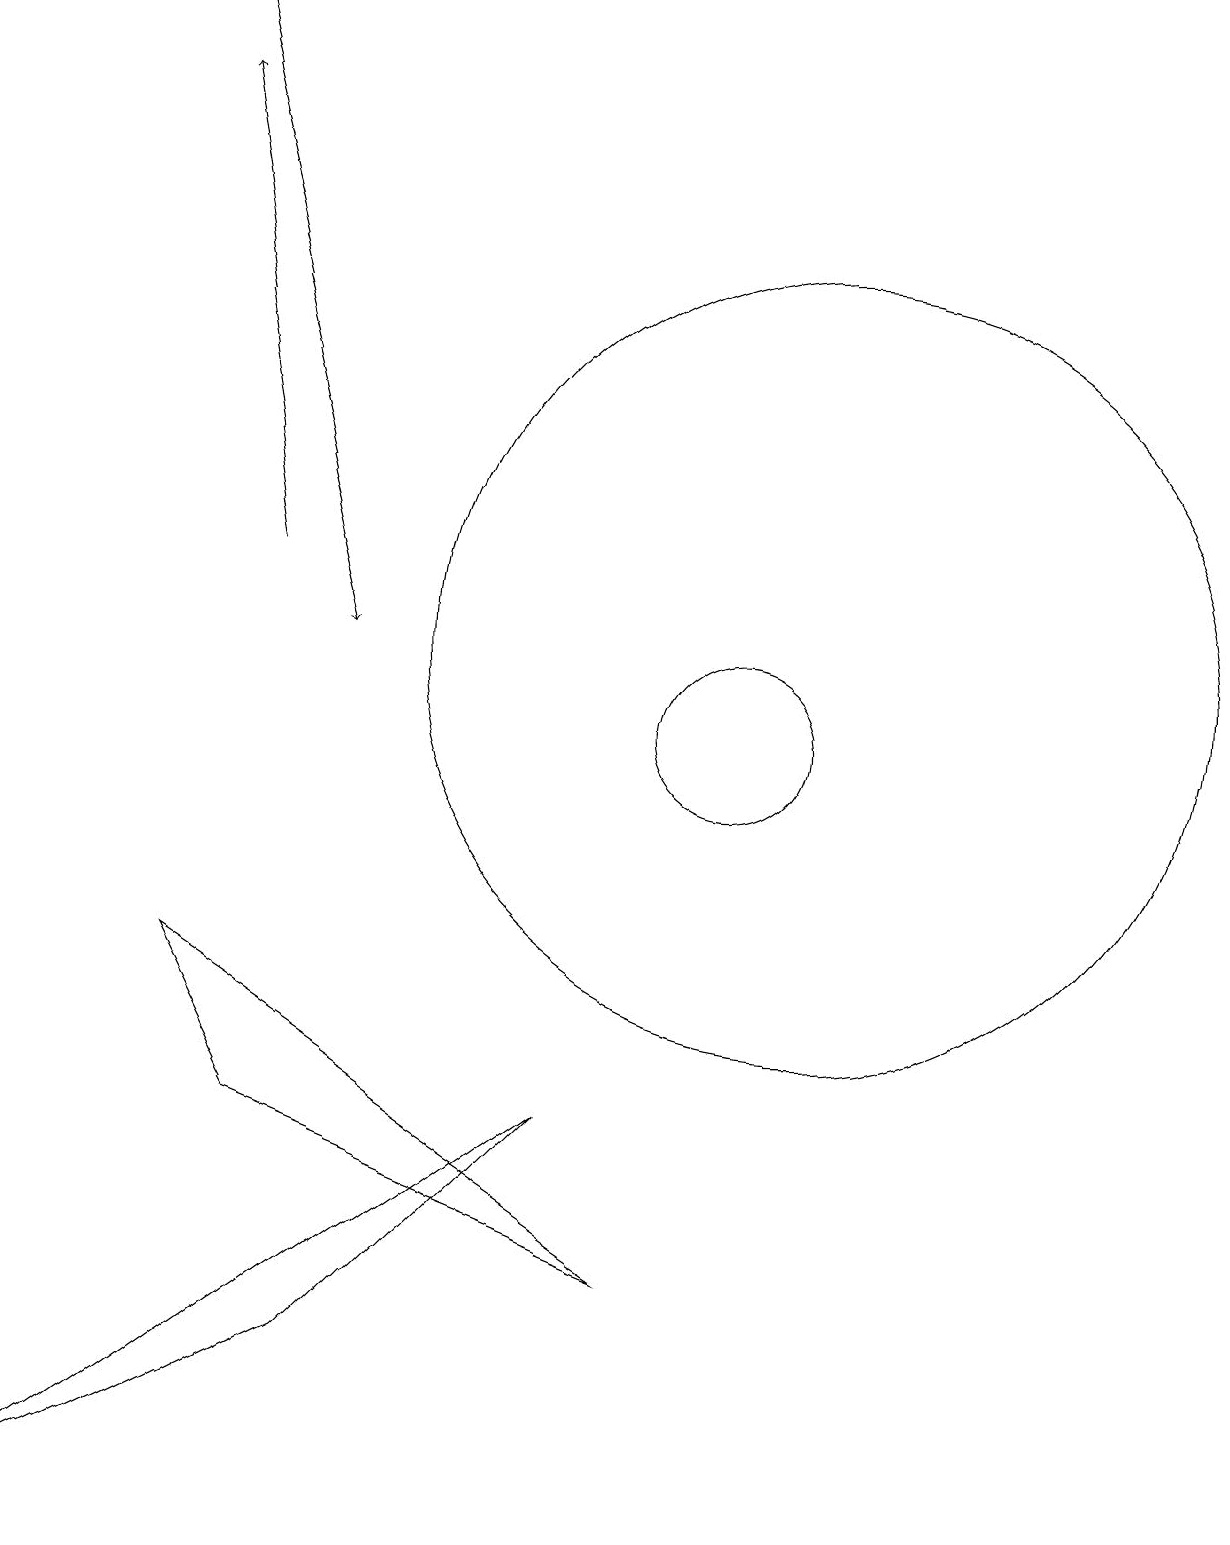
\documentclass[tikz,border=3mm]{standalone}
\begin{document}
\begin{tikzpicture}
\draw[->] (3,19) -- (5,11);
\draw (3,7) -- (4,5) -- (9,3) -- cycle;
\draw (8,5) -- (5,2) -- (1,0) -- cycle;
\draw[->] (4,12) -- (3,18);
\draw (11,11) circle (5);
\draw (10,10) circle (1);
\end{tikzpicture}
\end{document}